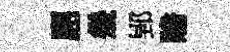
應㡬郢贍